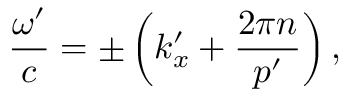
\frac { \omega ^ { \prime } } { c } = \pm \left( k _ { x } ^ { \prime } + \frac { 2 \pi n } { p ^ { \prime } } \right) ,